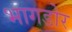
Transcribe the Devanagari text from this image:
भागडोर